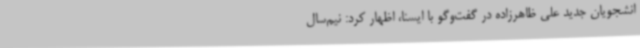
انشجویان جدید علی ظاهرزاده در گفت‌وگو با ایسنا، اظهار کرد: نیم‌سال